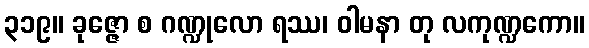
၃၁၉။ ခုဇ္ဇော စ ဂဏ္ဍုလော ရဿ၊ ဝါမနာ တု လကုဏ္ဍကော။